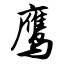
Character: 鹰